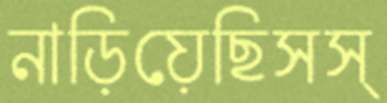
নাড়িয়েছিসস্